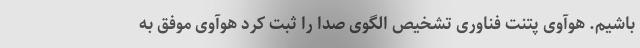
باشیم. هوآوی پتنت فناوری تشخیص الگوی صدا را ثبت کرد هوآوی موفق به